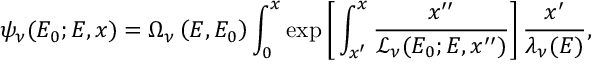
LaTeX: \psi _ { \nu } ( E _ { 0 } ; E , x ) = \Omega _ { \nu } \left( E , E _ { 0 } \right) \int _ { 0 } ^ { x } \exp \left[ \, \int _ { x ^ { \prime } } ^ { x } \frac { \d x ^ { \prime \prime } } { \mathcal { L } _ { \nu } ( E _ { 0 } ; E , x ^ { \prime \prime } ) } \right] \frac { \d x ^ { \prime } } { \lambda _ { \nu } ( E ) } ,